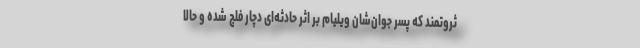
ثروتمند که پسر جوان‌شان ویلیام بر اثر حادثه‌ای دچار فلج شده و حالا